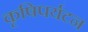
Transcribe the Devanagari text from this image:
कृषिपर्यटन